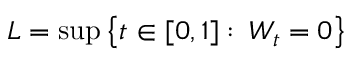
L = \operatorname* { s u p } \left\{ t \in [ 0 , 1 ] \, \colon \, W _ { t } = 0 \right\}